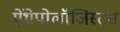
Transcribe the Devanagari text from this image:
ऐंथ्रोपोलॉजिस्ट्स